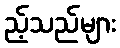
ည့်သည်များ